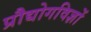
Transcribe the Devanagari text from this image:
प्रौद्योगविज्ञों